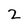
Character: 2